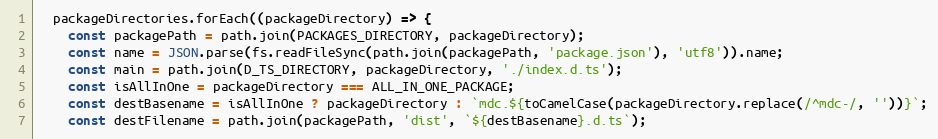
Language: JavaScript
  packageDirectories.forEach((packageDirectory) => {
    const packagePath = path.join(PACKAGES_DIRECTORY, packageDirectory);
    const name = JSON.parse(fs.readFileSync(path.join(packagePath, 'package.json'), 'utf8')).name;
    const main = path.join(D_TS_DIRECTORY, packageDirectory, './index.d.ts');
    const isAllInOne = packageDirectory === ALL_IN_ONE_PACKAGE;
    const destBasename = isAllInOne ? packageDirectory : `mdc.${toCamelCase(packageDirectory.replace(/^mdc-/, ''))}`;
    const destFilename = path.join(packagePath, 'dist', `${destBasename}.d.ts`);